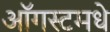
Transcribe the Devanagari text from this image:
ऑगस्टमधे